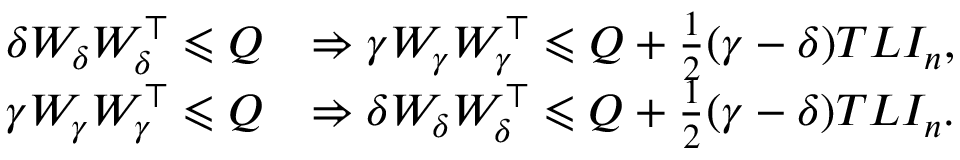
\begin{array} { r l } { \delta W _ { \delta } W _ { \delta } ^ { \top } \leqslant Q } & { \Rightarrow \gamma W _ { \gamma } W _ { \gamma } ^ { \top } \leqslant Q + \frac { 1 } { 2 } ( \gamma - \delta ) T L I _ { n } , } \\ { \gamma W _ { \gamma } W _ { \gamma } ^ { \top } \leqslant Q } & { \Rightarrow \delta W _ { \delta } W _ { \delta } ^ { \top } \leqslant Q + \frac { 1 } { 2 } ( \gamma - \delta ) T L I _ { n } . } \end{array}